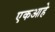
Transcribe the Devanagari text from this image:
एकआहे